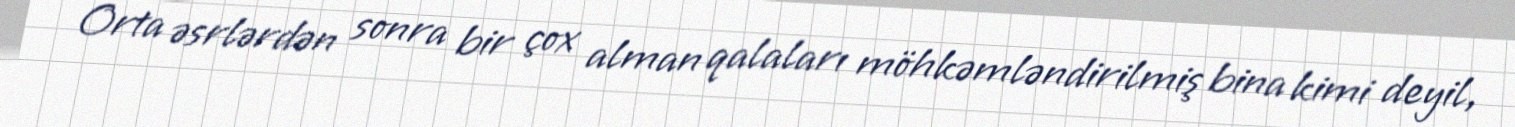
Orta əsrlərdən sonra bir çox alman qalaları möhkəmləndirilmiş bina kimi deyil,